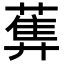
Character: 𦻧